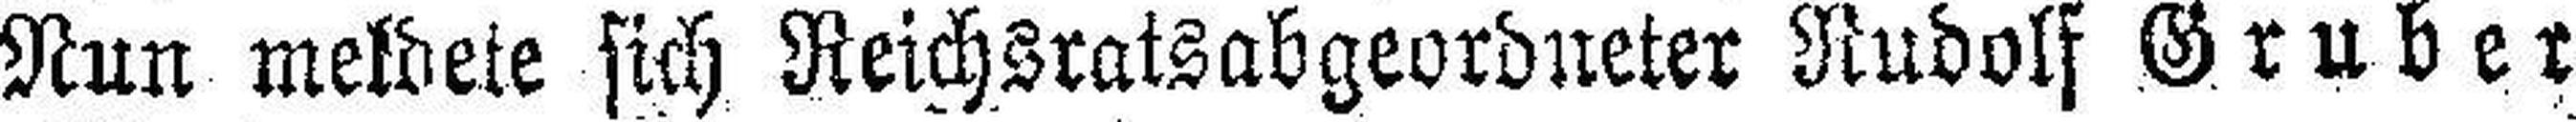
Nun meldete sich Reichsratsabgeordneter Rudolf Gruber